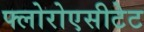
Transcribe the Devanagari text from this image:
फ्लोरोएसीटेट